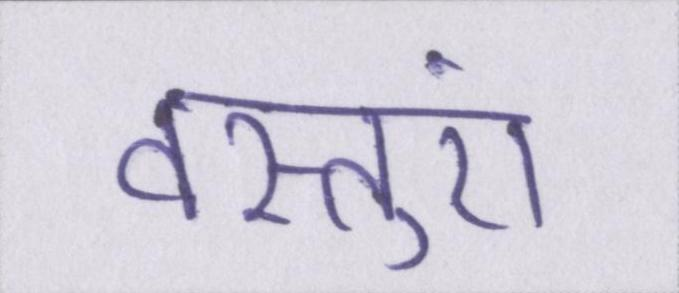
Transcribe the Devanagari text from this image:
वस्तुएं